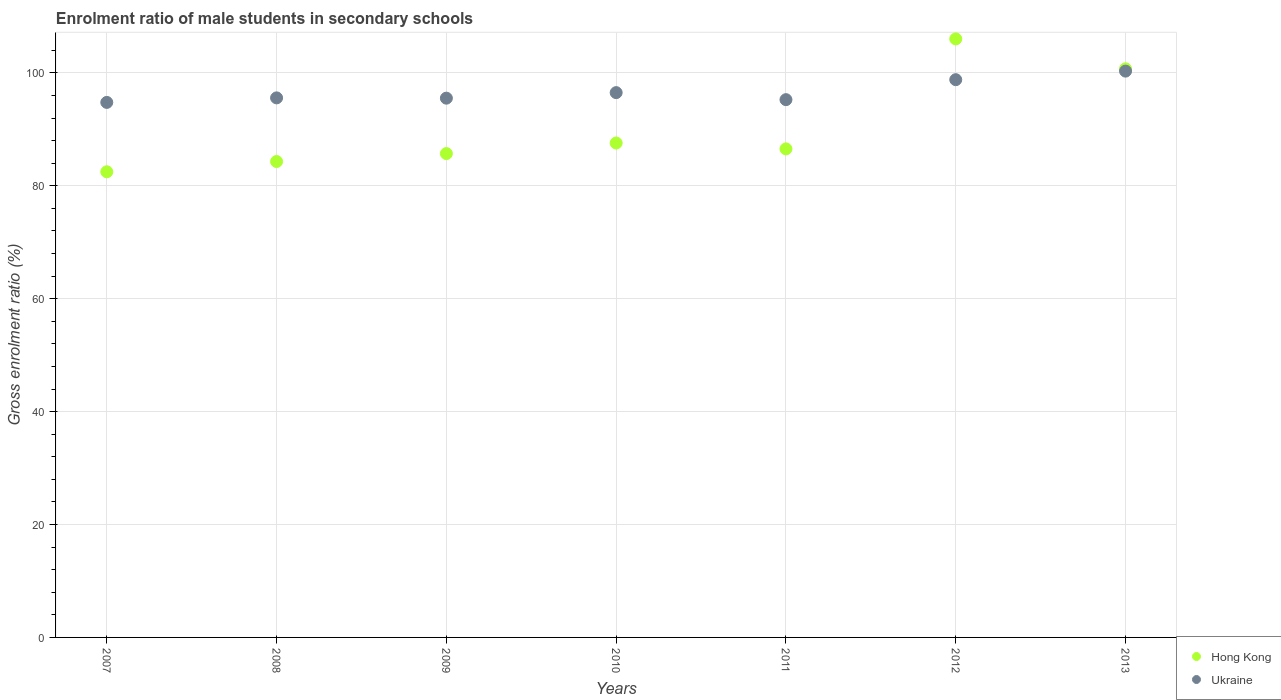
| Years | Hong Kong | Ukraine |
 | --- | --- | --- |
 | 2007 | 82.5 | 94.8 |
 | 2008 | 84.3 | 95.6 |
 | 2009 | 85.7 | 95.5 |
 | 2010 | 87.6 | 96.5 |
 | 2011 | 86.5 | 95.3 |
 | 2012 | 106 | 98.8 |
 | 2013 | 101 | 100 |